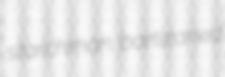
starchman bartizaned